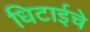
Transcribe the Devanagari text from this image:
धिटाईचे